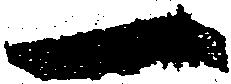
一